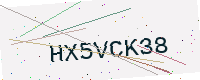
Text: HX5VCK38